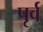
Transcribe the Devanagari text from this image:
पृर्व